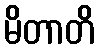
မိတာတိ